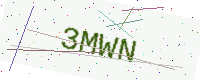
Text: 3MWN